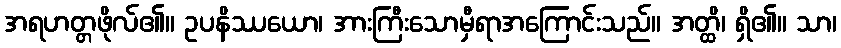
အရဟတ္တဖိုလ်၏။ ဥပနိဿယော၊ အားကြီးသောမှီရာအကြောင်းသည်။ အတ္ထိ၊ ရှိ၏။ သာ၊